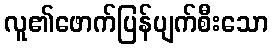
လူ၏ဖောက်ပြန်ပျက်စီးသော